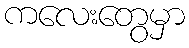
ကလေးတွေမှာ